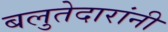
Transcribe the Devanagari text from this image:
बलुतेदारांनी